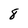
Character: 8